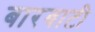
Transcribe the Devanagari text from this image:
बारबाटी